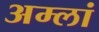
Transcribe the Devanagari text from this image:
अम्लां